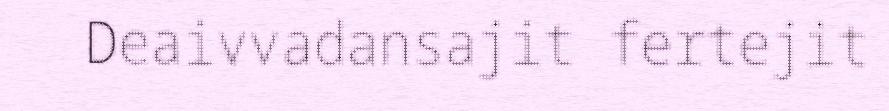
Deaivvadansajit fertejit